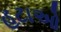
હટાઓ